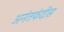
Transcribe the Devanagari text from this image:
अनंतफंदीस